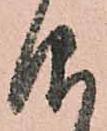
仰